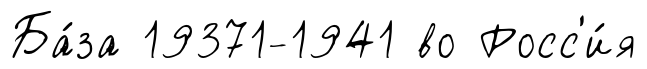
Ба́за 19371-1941 во Росс'и́я